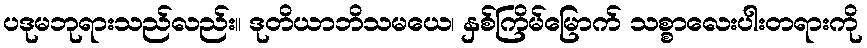
ပဒုမဘုရားသည်လည်း။ ဒုတိယာဘိသမယေ၊ နှစ်ကြိမ်မြောက် သစ္စာလေးပါးတရားကို